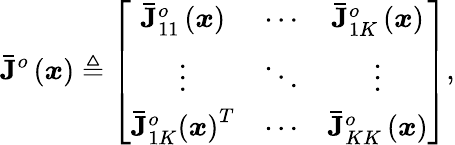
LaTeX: \mathbf{\bar{J}}^{o}\left(\boldsymbol{x}\right)\triangleq\left[\begin{array}{ccc}{\mathbf{\bar{J}}_{11}^{o}\left(\boldsymbol{x}\right)}&{\cdots}&{\mathbf{\bar{J}}_{1K}^{o}\left(\boldsymbol{x}\right)}\\ {\vdots}&{\ddots}&{\vdots}\\ {\mathbf{\bar{J}}_{1K}^{o}\left(\boldsymbol{x}\right)^{T}}&{\cdots}&{\mathbf{\bar{J}}_{KK}^{o}\left(\boldsymbol{x}\right)}\end{array}\right]\mathrm{,}